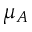
\mu _ { A }